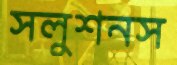
সলুশনস